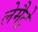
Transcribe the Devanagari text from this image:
लेमैट्रे